Annual report of the Civil Veterinary Department, Bengal, for the year 1897-98 - 1897-1898
Year: 1897
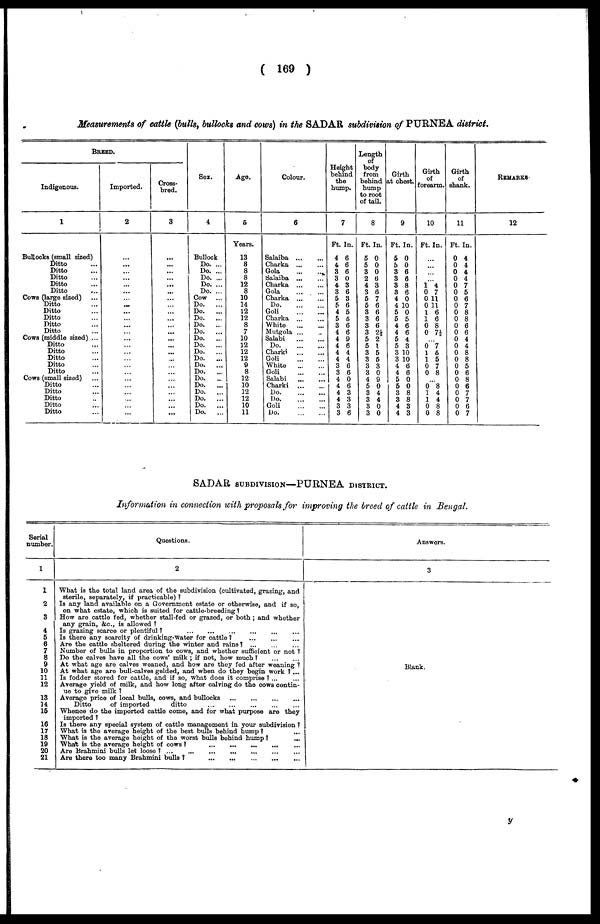
( 169 )
Measurements of cattle (bulls, bullocks and cows) in the SADAR subdivision of PURNEA district.
BREED.
Indigenous.
1
Bullocks (small sized)
Ditto ...
Ditto ...
Ditto ...
Ditto ...
Ditto ...
Cows (large sized) ...
Ditto ...
Ditto ...
Ditto ...
Ditto ...
Ditto ...
Cows (middle sized) ...
Ditto ...
Ditto ...
Ditto ...
Ditto ...
Ditto ...
Cows (small sized)
Ditto ...
Ditto ...
Ditto ...
Ditto ...
Ditto ...
Imported.
2
...
...
...
...
...
...
...
...
...
...
...
...
...
...
...
...
...
...
...
...
...
...
...
...
Cross-
bred.
3
...
...
...
...
...
...
...
...
...
...
...
...
...
... ...
...
...
...
...
...
...
...
...
...
Sex.
4
Bullock
Do. ...
Do. ...
Do. ...
Do. ...
Do. ...
Cow ...
Do.
...
Do.
...
Do.
...
Do.
...
Do.
...
Do.
...
Do.
...
Do.
...
Do.
...
Do.
...
Do.
...
Do.
...
Do.
...
Do.
...
Do.
...
Do.
...
Do.
...
Age.
6
Years.
13
8
8
8
12
8
10
14
12
12
8
7
10
12
12
12
9
8
12
10
12
12
10
11
Colour.
6
Salaiba
Charka
Gola
Salaiba ...
Charka ...
Gola
...
...
Charka ...
Do
Goli
Charka ...
White
Mutgola ...
Salabi
Do
Charki
Goli
White
Goli
Salabi
... ...
Charki
...
...
Do
Do
Goli
Do
Height
behind
the
hump.
7
Ft In.
4 6
4 6
3 6
3 0
4 3
3 6
5 3
6 6
4 5
5 6
3 6
4 6
4 0
4 6
4 4
4 4
3 6
3 6
4 0
4 6
4 3
4 3
3 3
3 6
Length
body
from
behind
hump
to root
of tail.
8
Ft. In.
5 0
5 0
3 0
2 6
4 3
3 6
5 7
6 6
3 6
3 6
3 6
3 2½
5 2
5 2
3 5
3 6
3 3
3 0
4 9
5 0
3 4
3 4
3 0
3 0
Girth
at chest.
9
Ft. In.
6 0
5 0
3 6
3 6
3 8
3 6
4 0
4 10
5 0
5 5
4 6
4 6
5 4
5 3
3 10
3 10
4 6
4 6
5 0
I 6 0
3 8
3 8
4 3
4 3
Girth
of
forearm.
10
Ft. In.
...
...
...
...
1 4
0 7
0 11
0 11
1 6
1 6
0 8
0 7½
...
0 7
1 6
1 6
0 7
0 8
... 0 8
1 4
1 4
0 8
0 8
Girth
of
shank.
11
Ft. In.
0 4
0 4
0 4
0 4
0 7
0 5
0 6
0 7
0 8
0 8
0 6
0 6
0 4
0 4
0 8
0 8
0 5
0 6
0 8
0 6
0 7
0 7
0 6
0 7
REMARKS
12
SADAR SUBDIVISION—PURNEA DISTRICT.
Information in connection with proposals for improving the breed of cattle in Bengal.
Serial
number.
1
1
2
3
4
5
6
7
8
9
10
11
12
13
14
16
16
17
18
19
20
21
Questions.
2
What is the total land area of the subdivision (cultivated, grazing, and
sterile, separately, if practicable) ?
Is any land available on a Government estate or otherwise, and if so,
on what estate, which is suited for cattle-breeding?
How are cattle fed, whether stall-fed or grazed, or both ; and whether
any grain, &c., is allowed ?
Is grazing scarce or plentiful
?
...
...
Is there any scarcity of drinking-water for cattle? ... ...
Are the cattle sheltered during the winter and rains?
...
...
...
Number of bulls in proportion to cows, and whether sufficient or not ?
Do the calves have all the cows' milk ; if not, how much? ... ...
At what age are calves weaned, and how are they fed after weaning ?
At what age are bull-calves gelded, and when do they begin work ? ...
Is fodder stored for cattle, and if so, what does it comprise ? ...
Average yield of milk, and how long after calving do the cows contin-
ue to give milk ?
Average price of local bulls, cows, and bullocks
Ditto
of imported
ditto
Whence do the imported cattle come, and for what purpose are they
imported ?
Is there any special system of cattle management in your subdivision ?
What is the average height of the best bulls behind hump ?
What is the average height of the worst bulls behind hump ?
What is the average height of cows
?
...
...
...
...
Are Brahmini bulls let loose ? ...
...
...
...
Are there too many Brahmini bulls
?
..
...
...
...
...
Answers.
3
Blank.
y